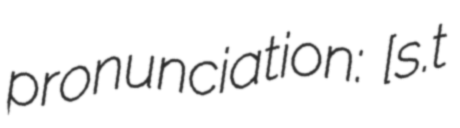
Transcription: pronunciation: ​[sɛ̃.t‿ɛɲɑ̃